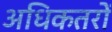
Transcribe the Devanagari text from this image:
अधिकतरों